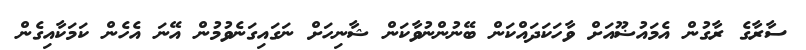
ސާރާގެ ރާގުން އެމައުޟޫއަށް ވާހަކަދައްކަން ބޭނުންނުވާކަން ޝާނިހަށް ނަގައިގަނެވުމުން އޭނަ އެހެން ކަމަކާއިގެން